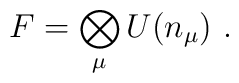
F=\bigotimes_{\mu} U(n_{\mu})\,\, .